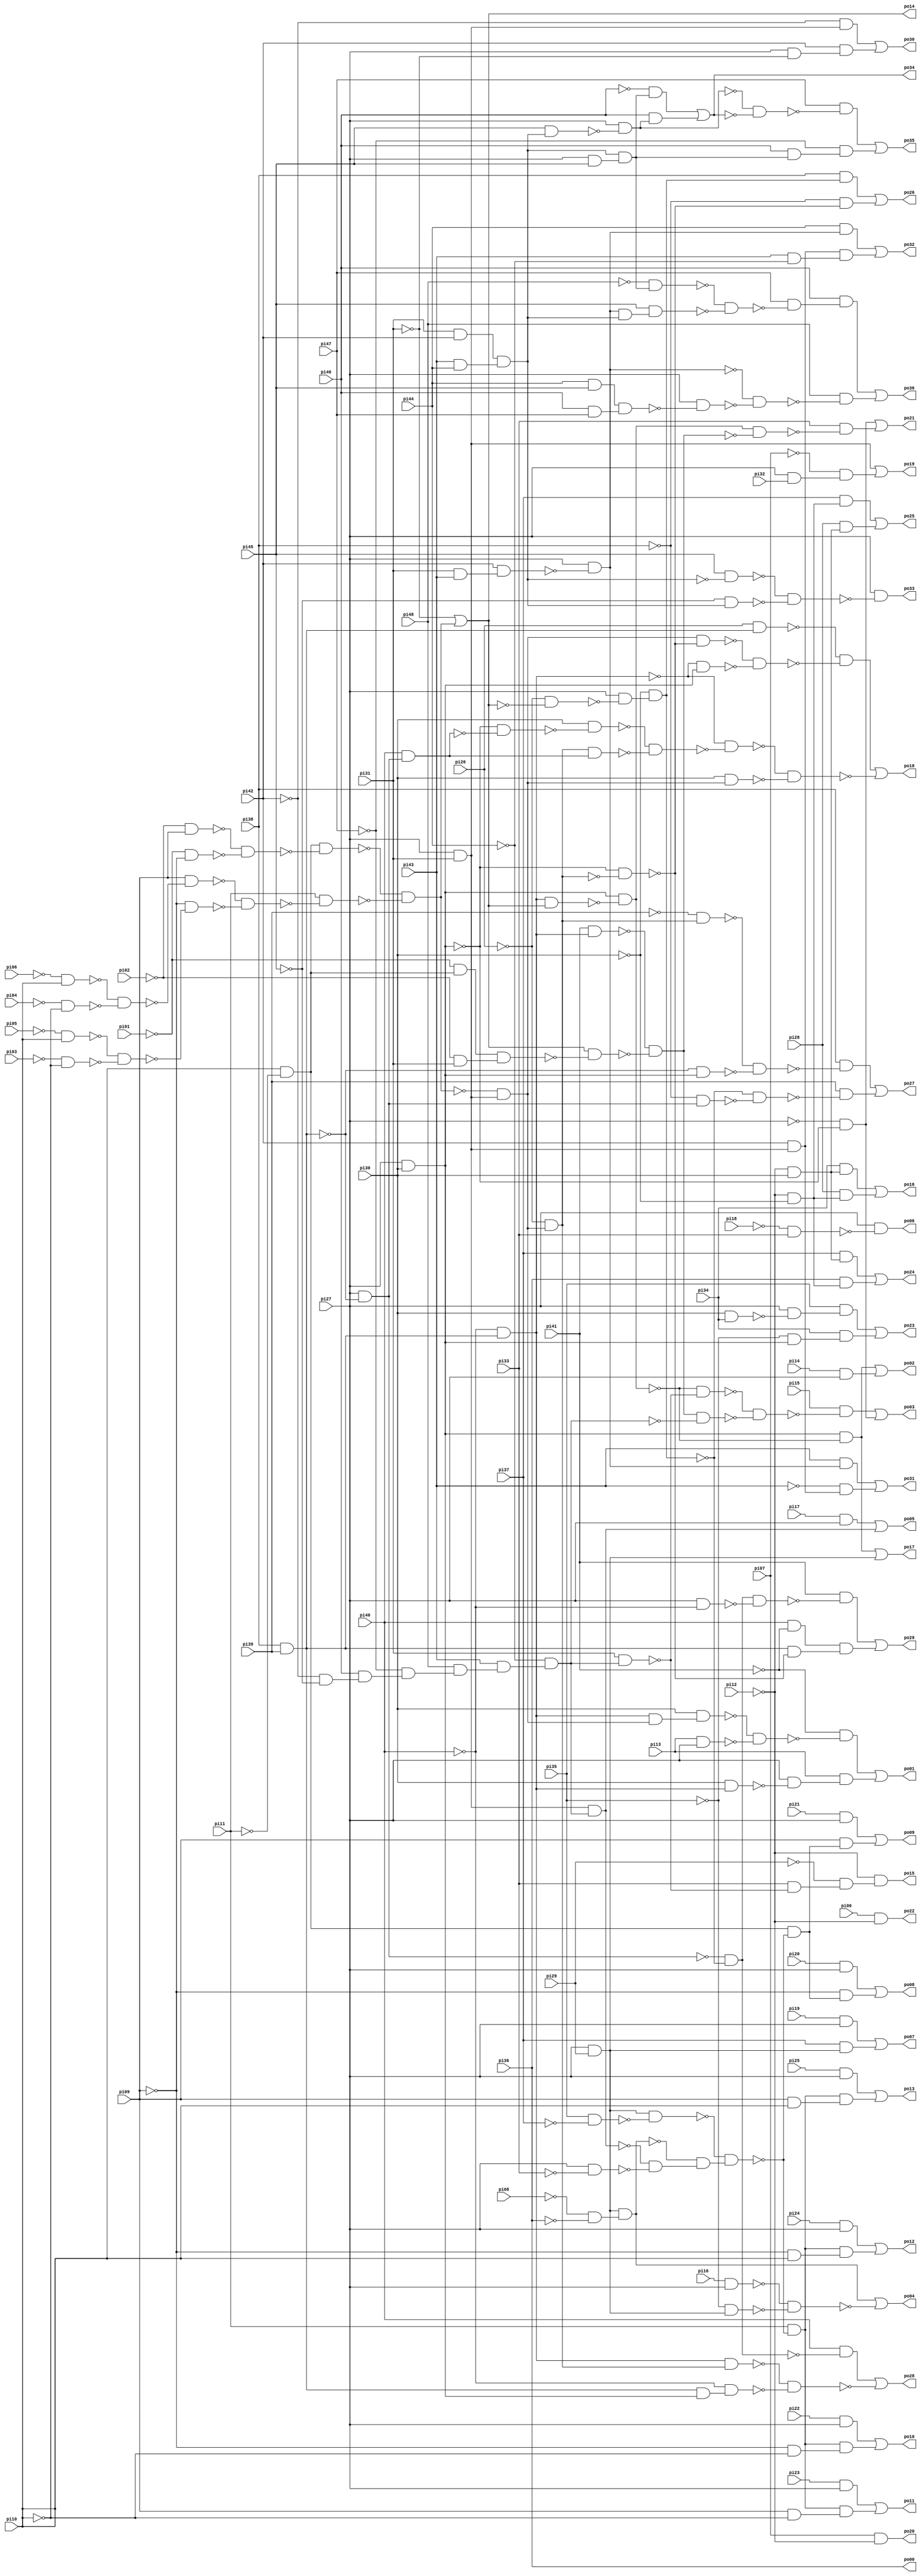
// Benchmark "apex7" written by ABC on Sun Apr 22 21:42:57 2018

module apex7 ( 
    pi00, pi01, pi02, pi03, pi04, pi05, pi06, pi07, pi08, pi09, pi10, pi11,
    pi12, pi13, pi14, pi15, pi16, pi17, pi18, pi19, pi20, pi21, pi22, pi23,
    pi24, pi25, pi26, pi27, pi28, pi29, pi30, pi31, pi32, pi33, pi34, pi35,
    pi36, pi37, pi38, pi39, pi40, pi41, pi42, pi43, pi44, pi45, pi46, pi47,
    pi48,
    po00, po01, po02, po03, po04, po05, po06, po07, po08, po09, po10, po11,
    po12, po13, po14, po15, po16, po17, po18, po19, po20, po21, po22, po23,
    po24, po25, po26, po27, po28, po29, po30, po31, po32, po33, po34, po35,
    po36  );
  input  pi00, pi01, pi02, pi03, pi04, pi05, pi06, pi07, pi08, pi09,
    pi10, pi11, pi12, pi13, pi14, pi15, pi16, pi17, pi18, pi19, pi20, pi21,
    pi22, pi23, pi24, pi25, pi26, pi27, pi28, pi29, pi30, pi31, pi32, pi33,
    pi34, pi35, pi36, pi37, pi38, pi39, pi40, pi41, pi42, pi43, pi44, pi45,
    pi46, pi47, pi48;
  output po00, po01, po02, po03, po04, po05, po06, po07, po08, po09, po10,
    po11, po12, po13, po14, po15, po16, po17, po18, po19, po20, po21, po22,
    po23, po24, po25, po26, po27, po28, po29, po30, po31, po32, po33, po34,
    po35, po36;
  wire n87, n88, n89, n90, n91, n92, n93, n94, n95, n96, n97, n98, n99, n100,
    n101, n102, n103, n104, n105, n106, n107, n108, n109, n110, n111, n112,
    n113, n114, n117, n118, n119, n120, n121, n123, n124, n125, n126, n127,
    n128, n129, n130, n131, n132, n133, n134, n135, n136, n137, n138, n139,
    n140, n142, n143, n144, n145, n146, n147, n149, n150, n152, n154, n155,
    n157, n158, n159, n160, n161, n162, n163, n164, n165, n167, n168, n170,
    n171, n172, n173, n175, n176, n177, n179, n180, n181, n183, n184, n185,
    n187, n188, n190, n191, n192, n193, n196, n197, n198, n199, n200, n201,
    n202, n203, n204, n205, n206, n207, n208, n209, n210, n211, n213, n214,
    n217, n218, n221, n222, n223, n224, n225, n227, n228, n230, n231, n233,
    n234, n235, n236, n237, n239, n240, n241, n242, n243, n244, n245, n247,
    n248, n249, n250, n251, n252, n254, n255, n256, n257, n258, n259, n261,
    n262, n263, n265, n266, n267, n268, n269, n270, n272, n273, n274, n276,
    n277, n278, n279, n280, n281, n283, n284, n285, n286, n287, n288, n290,
    n291, n292, n293, n295, n296, n297, n298, n299, n300, n301, n302, n303,
    n304, n305, n306;
  assign n87 = pi38 & pi39;
  assign n88 = ~pi40 & n87;
  assign n89 = pi10 & ~pi11;
  assign n90 = ~pi02 & pi09;
  assign n91 = ~pi01 & ~pi09;
  assign n92 = ~n90 & ~n91;
  assign n93 = n89 & ~n92;
  assign n94 = ~pi06 & pi10;
  assign n95 = ~pi04 & ~pi10;
  assign n96 = ~n94 & ~n95;
  assign n97 = pi09 & ~n96;
  assign n98 = ~pi05 & pi10;
  assign n99 = ~pi03 & ~pi10;
  assign n100 = ~n98 & ~n99;
  assign n101 = ~pi09 & ~n100;
  assign n102 = ~n97 & ~n101;
  assign n103 = pi11 & ~n102;
  assign n104 = ~n93 & ~n103;
  assign n105 = pi27 & pi31;
  assign n106 = ~n104 & n105;
  assign n107 = n88 & n106;
  assign n108 = pi30 & n107;
  assign n109 = pi13 & pi27;
  assign n110 = ~n108 & ~n109;
  assign n111 = ~pi41 & ~n110;
  assign n112 = pi30 & n88;
  assign n113 = pi27 & ~n112;
  assign n114 = pi13 & n113;
  assign po01 = n111 | n114;
  assign po14 = ~pi31 | n104;
  assign n117 = pi27 & pi30;
  assign n118 = n88 & po14;
  assign n119 = n117 & ~n118;
  assign n120 = n117 & ~n119;
  assign n121 = pi14 & pi27;
  assign po02 = n120 | n121;
  assign n123 = pi41 & n88;
  assign n124 = ~pi01 & n89;
  assign n125 = ~pi02 & pi31;
  assign n126 = n124 & n125;
  assign n127 = po14 & ~n126;
  assign n128 = ~n123 & ~n127;
  assign n129 = ~pi42 & ~pi45;
  assign n130 = pi46 & n129;
  assign n131 = ~pi47 & n130;
  assign n132 = pi48 & n131;
  assign n133 = pi43 & n132;
  assign n134 = ~pi44 & n133;
  assign n135 = pi31 & n134;
  assign n136 = ~n119 & ~n135;
  assign n137 = n128 & ~n134;
  assign n138 = ~n136 & ~n137;
  assign n139 = pi15 & ~n138;
  assign n140 = ~pi27 & ~n117;
  assign po03 = n139 | n140;
  assign n142 = pi27 & pi29;
  assign n143 = ~pi08 & ~pi36;
  assign n144 = n142 & n143;
  assign n145 = pi16 & pi27;
  assign n146 = ~pi35 & n142;
  assign n147 = ~n145 & ~n146;
  assign po04 = n144 | ~n147;
  assign n149 = pi17 & pi27;
  assign n150 = n105 & n134;
  assign po05 = n149 | n150;
  assign n152 = ~pi18 & pi33;
  assign po06 = pi27 & ~n152;
  assign n154 = pi19 & pi27;
  assign n155 = pi37 & n142;
  assign po07 = n154 | n155;
  assign n157 = pi35 & ~pi37;
  assign n158 = n142 & ~n157;
  assign n159 = pi27 & ~pi33;
  assign n160 = ~n150 & ~n159;
  assign n161 = ~n144 & n160;
  assign n162 = ~n158 & n161;
  assign n163 = pi20 & pi27;
  assign n164 = n89 & ~n162;
  assign n165 = ~pi09 & n164;
  assign po08 = n163 | n165;
  assign n167 = pi21 & pi27;
  assign n168 = pi09 & n164;
  assign po09 = n167 | n168;
  assign n170 = pi22 & pi27;
  assign n171 = pi11 & ~n162;
  assign n172 = ~pi09 & ~pi10;
  assign n173 = n171 & n172;
  assign po10 = n170 | n173;
  assign n175 = pi23 & pi27;
  assign n176 = pi09 & ~pi10;
  assign n177 = n171 & n176;
  assign po11 = n175 | n177;
  assign n179 = pi24 & pi27;
  assign n180 = ~pi09 & pi10;
  assign n181 = n171 & n180;
  assign po12 = n179 | n181;
  assign n183 = pi25 & pi27;
  assign n184 = pi09 & pi10;
  assign n185 = n171 & n184;
  assign po13 = n183 | n185;
  assign n187 = pi33 & ~n135;
  assign n188 = ~pi29 & n187;
  assign po15 = ~pi12 & n188;
  assign n190 = ~pi12 & ~pi30;
  assign n191 = ~pi12 & pi30;
  assign n192 = pi34 & n191;
  assign n193 = pi28 & n190;
  assign po16 = n192 | n193;
  assign po17 = n120 | n142;
  assign n196 = ~pi26 & n106;
  assign n197 = ~n117 & ~n196;
  assign n198 = pi27 & ~n87;
  assign n199 = pi26 & n87;
  assign n200 = n106 & ~n197;
  assign n201 = ~n88 & n117;
  assign n202 = ~n200 & ~n201;
  assign n203 = ~n199 & ~n202;
  assign n204 = pi40 & n198;
  assign n205 = ~n117 & ~n204;
  assign n206 = pi30 & ~n205;
  assign n207 = n196 & n204;
  assign n208 = ~n206 & ~n207;
  assign n209 = ~n88 & ~n208;
  assign n210 = pi30 & n106;
  assign n211 = ~n209 & ~n210;
  assign po18 = n203 | ~n211;
  assign n213 = pi27 & pi32;
  assign n214 = ~pi07 & n213;
  assign po19 = n105 | n214;
  assign po20 = pi07 & ~pi12;
  assign n217 = n119 & ~n128;
  assign n218 = pi33 & ~n217;
  assign po21 = n140 | n218;
  assign po22 = pi00 & ~pi12;
  assign n221 = pi30 & pi34;
  assign n222 = pi27 & ~n221;
  assign n223 = pi35 & n222;
  assign n224 = ~pi35 & n117;
  assign n225 = pi34 & n224;
  assign po23 = n223 | n225;
  assign n227 = pi37 & n191;
  assign n228 = pi36 & n190;
  assign po24 = n227 | n228;
  assign n230 = pi37 & n190;
  assign n231 = pi28 & n191;
  assign po25 = n230 | n231;
  assign n233 = ~pi26 & ~po14;
  assign n234 = pi27 & ~n233;
  assign n235 = ~pi30 & n234;
  assign n236 = pi38 & n235;
  assign n237 = ~pi38 & ~n197;
  assign po26 = n236 | n237;
  assign n239 = ~pi39 & n196;
  assign n240 = ~n87 & n117;
  assign n241 = ~n239 & ~n240;
  assign n242 = pi38 & ~n241;
  assign n243 = ~pi38 & n198;
  assign n244 = ~n235 & ~n243;
  assign n245 = pi39 & ~n244;
  assign po27 = n242 | n245;
  assign n247 = ~n198 & ~n235;
  assign n248 = pi40 & ~n247;
  assign n249 = n88 & n196;
  assign n250 = n87 & n117;
  assign n251 = ~pi40 & n250;
  assign n252 = ~n249 & ~n251;
  assign po28 = n248 | ~n252;
  assign n254 = pi27 & ~pi40;
  assign n255 = n247 & ~n254;
  assign n256 = pi41 & ~n255;
  assign n257 = pi40 & ~pi41;
  assign n258 = n87 & ~n197;
  assign n259 = n257 & n258;
  assign po29 = n256 | n259;
  assign n261 = ~pi42 & n105;
  assign n262 = pi27 & ~pi31;
  assign n263 = pi42 & n262;
  assign po30 = n261 | n263;
  assign n265 = pi31 & pi43;
  assign n266 = pi42 & n265;
  assign n267 = pi27 & ~n266;
  assign n268 = pi43 & n267;
  assign n269 = pi42 & n105;
  assign n270 = ~pi43 & n269;
  assign po31 = n268 | n270;
  assign n272 = pi44 & n267;
  assign n273 = pi43 & ~pi44;
  assign n274 = n269 & n273;
  assign po32 = n272 | n274;
  assign n276 = pi31 & pi42;
  assign n277 = pi43 & pi44;
  assign n278 = n276 & n277;
  assign n279 = pi45 & ~n278;
  assign n280 = ~pi45 & n278;
  assign n281 = ~n279 & ~n280;
  assign po33 = pi27 & ~n281;
  assign n283 = pi27 & pi45;
  assign n284 = n278 & n283;
  assign n285 = ~pi46 & n284;
  assign n286 = pi45 & n278;
  assign n287 = pi27 & ~n286;
  assign n288 = pi46 & n287;
  assign po34 = n285 | n288;
  assign n290 = ~n287 & ~po34;
  assign n291 = pi47 & ~n290;
  assign n292 = pi46 & n284;
  assign n293 = ~pi47 & n292;
  assign po35 = n291 | n293;
  assign n295 = ~pi48 & n284;
  assign n296 = n267 & n278;
  assign n297 = pi45 & n296;
  assign n298 = ~n295 & ~n297;
  assign n299 = pi47 & ~n298;
  assign n300 = pi46 & n299;
  assign n301 = pi44 & pi45;
  assign n302 = pi46 & pi47;
  assign n303 = n301 & n302;
  assign n304 = pi27 & ~n303;
  assign n305 = ~n267 & ~n304;
  assign n306 = pi48 & ~n305;
  assign po36 = n300 | n306;
  assign po00 = pi36;
endmodule